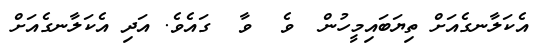
އެކަލާނގެއަށް ތިޔަބައިމީހުން  ވެ  ވާ  ގައެވެ. އަދި އެކަލާނގެއަށް